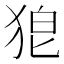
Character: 𭸎